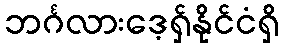
ဘင်္ဂလားဒေ့ရှ်နိုင်ငံရှိ